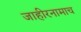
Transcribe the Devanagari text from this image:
जाहीरनामाच